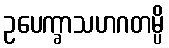
ဥပေက္ခာသဟဂတမ္ပိ